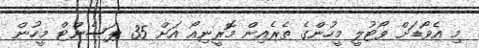
މި އެވޯޑަށް ވޯޓުލީ މީހުންގެ ތެރެއިން މޮރީނިއޯ އަށް 35 ޕަސެންޓް މީހުން